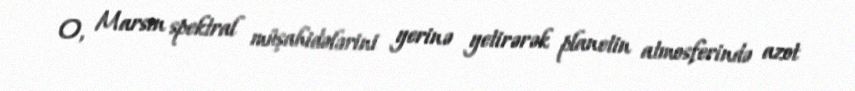
O, Marsın spektral müşahidələrini yerinə yetirərək planetin atmosferində azot